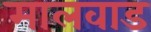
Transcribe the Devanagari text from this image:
मालवाड